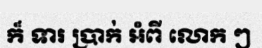
ក៏ ទារ ប្រាក់ អំពី លោក ៗ